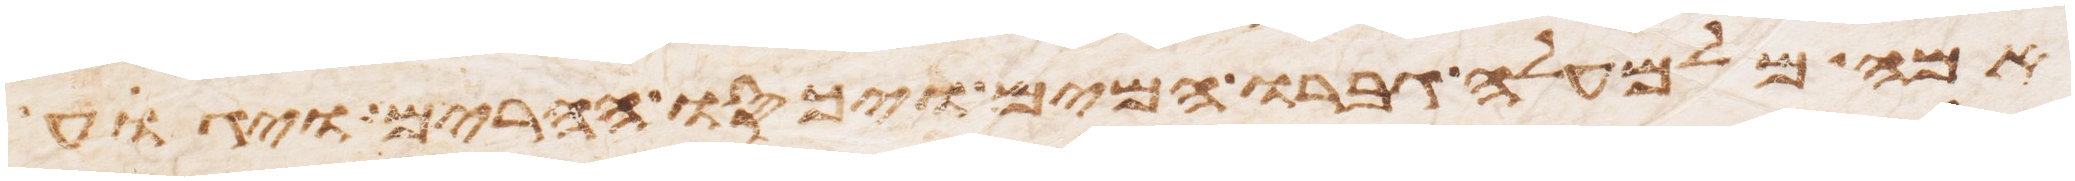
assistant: אמה מלמעלה גברו המים ויכסו ההרים ויגוע